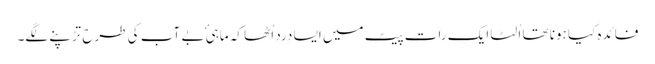
فائدہ کیا ہونا تھا اُلٹا ایک رات پیٹ میں ایسا درد اُٹھا کہ ماہیٔ بے آب کی طرح تڑپنے لگے۔